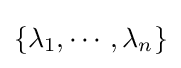
\{\lambda _{1},\cdots ,\lambda _{n}\}